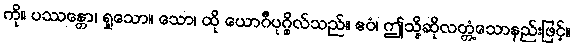
ကို။ ပဿန္တော၊ ရှုသော။ သော၊ ထို ယောဂီပုဂ္ဂိုလ်သည်။ ဧဝံ၊ ဤသို့ဆိုလတ္တံ့သောနည်းဖြင့်။